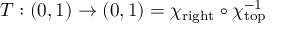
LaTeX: T : ( 0 , 1 ) \rightarrow ( 0 , 1 ) = \chi _ { \mathrm { r i g h t } } \circ \chi _ { \mathrm { t o p } } ^ { - 1 }